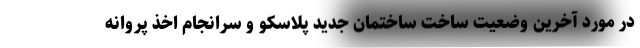
در مورد آخرین وضعیت ساخت ساختمان جدید پلاسکو و سرانجام اخذ پروانه